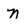
Character: n